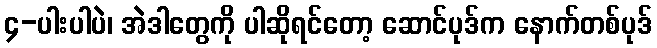
၄-ပါးပါပဲ၊ အဲဒါတွေကို ပါဆိုရင်တော့ ဆောင်ပုဒ်က နောက်တစ်ပုဒ်